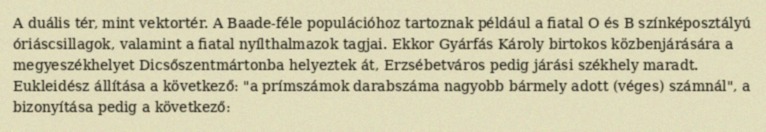
A duális tér, mint vektortér. A Baade-féle populációhoz tartoznak például a fiatal O és B színképosztályú óriáscsillagok, valamint a fiatal nyílthalmazok tagjai. Ekkor Gyárfás Károly birtokos közbenjárására a megyeszékhelyet Dicsőszentmártonba helyeztek át, Erzsébetváros pedig járási székhely maradt. Eukleidész állítása a következő: "a prímszámok darabszáma nagyobb bármely adott (véges) számnál", a bizonyítása pedig a következő: